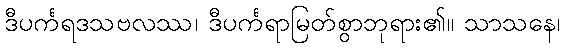
ဒီပင်္ကရဒသဗလဿ၊ ဒီပင်္ကရာမြတ်စွာဘုရား၏။ သာသနေ၊